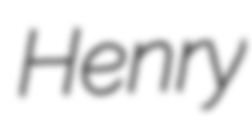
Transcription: Henry